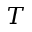
T